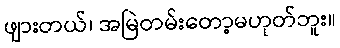
ဖျားတယ်၊ အမြဲတမ်းတော့မဟုတ်ဘူး။